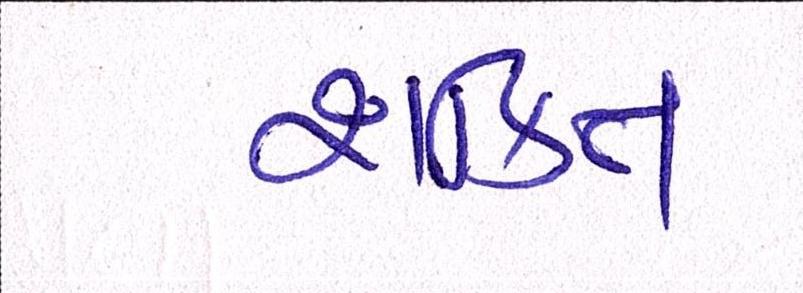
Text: શકિત